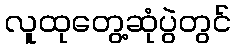
လူထုတွေ့ဆုံပွဲတွင်